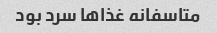
متاسفانه غذاها سرد بود